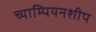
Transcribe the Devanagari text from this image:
च्याम्पियनशीप